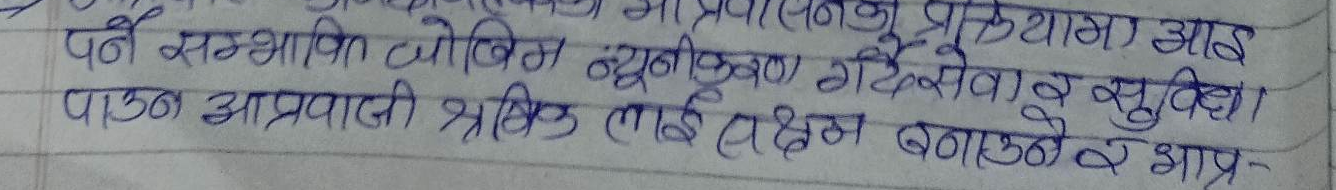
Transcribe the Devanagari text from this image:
प्रक्रियामा आइ
पर्ने सम्भावित जोखिम न्यूनीकरण गर्दै सेवा र सुविधा
पाउन आप्रवासी श्रमिकलाई सक्षम बनाउने र झाप्र-